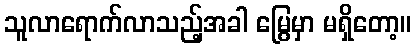
သူလာရောက်လာသည့်အခါ မြွေမှာ မရှိတော့။